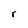
Character: r